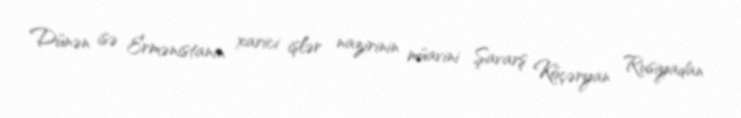
Dünən isə Ermənistanın xarici işlər nazirinin müavini Şavarş Köçəryan Rusiyadan